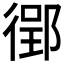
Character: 𫹟